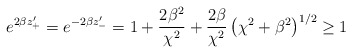
\begin{align*}e^{2\beta z'_{+}}=e^{-2\beta z'_{-}}= 1 + \frac{2\beta^2}{\chi^2} + \frac{2\beta}{\chi^2} \left(\chi^2+\beta^2\right)^{1/2} \geq 1\end{align*}